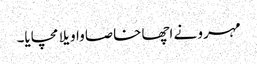
مہرو نے اچھا خاصا واویلا مچایا۔